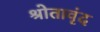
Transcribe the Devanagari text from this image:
श्रोतावृंद